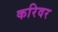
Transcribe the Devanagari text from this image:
करिवर